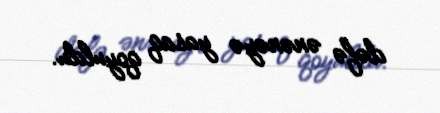
dəfə ənənəyə yasaq qoyuldu.